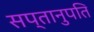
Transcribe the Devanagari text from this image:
सप्तानुपति